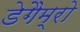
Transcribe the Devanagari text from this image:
डेगैम्रो